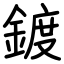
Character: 鍍